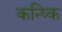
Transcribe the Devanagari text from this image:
कन्ष्कि